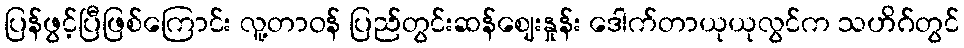
ပြန်ဖွင့်ပြီဖြစ်ကြောင်း လူ့တာဝန် ပြည်တွင်းဆန်ဈေးနှုန်း ဒေါက်တာယုယုလွင်က သဟိဂ်တွင်